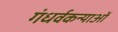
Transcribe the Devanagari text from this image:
गंधर्वकन्याओं